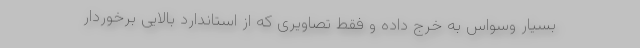
بسیار وسواس به خرج داده و فقط تصاویری که از استاندارد بالایی برخوردار